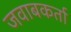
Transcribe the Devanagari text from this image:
जवाबकर्ता